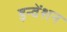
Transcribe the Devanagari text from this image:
इन्वेंशन